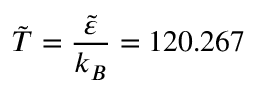
\tilde { T } = \frac { \tilde { \varepsilon } } { k _ { B } } = 1 2 0 . 2 6 7